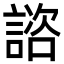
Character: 諮